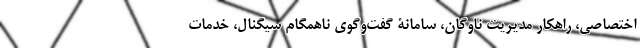
اختصاصی، راهکار مدیریت ناوگان، سامانۀ گفت‌وگوی ناهمگام سیگنال، خدمات